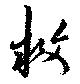
救